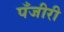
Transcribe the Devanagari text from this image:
पँजीरी